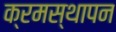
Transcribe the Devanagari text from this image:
क्रमस्थापन